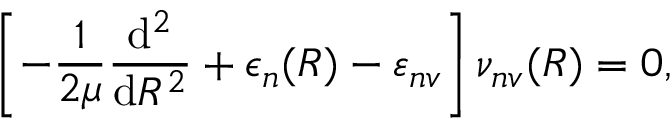
\left[ - \frac { 1 } { 2 \mu } \frac { \mathrm { d } ^ { 2 } } { \mathrm { d } R ^ { 2 } } + \epsilon _ { n } ( R ) - \varepsilon _ { n v } \right] \nu _ { n v } ( R ) = 0 ,